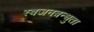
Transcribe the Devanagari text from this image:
स्वजनबन्धुता